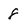
Character: 8